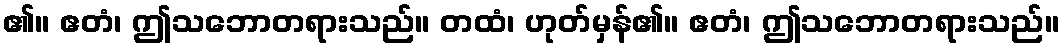
၏။ ဧတံ၊ ဤသဘောတရားသည်။ တထံ၊ ဟုတ်မှန်၏။ ဧတံ၊ ဤသဘောတရားသည်။